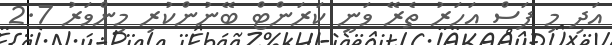
އަދި މި ފަސް އަހަރު ތެރޭ ވަނީ ކަރަންޓް ބޭނުންކުރި މިންވަރު 2.7